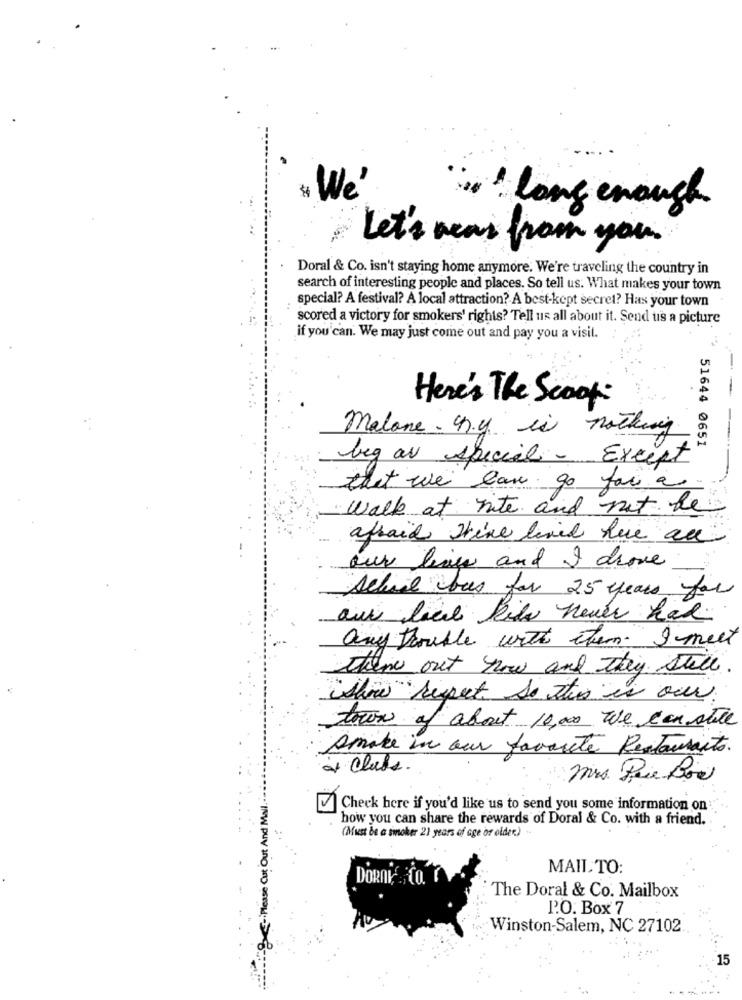
" We'
"i" long enough
Let's was from you.
Doral & Co. isn't staying home anymore. We're traveling the country in
search of interesting people and places. So tell us. What makes your town
special? A festival? A local attraction? A best-kept secret? Has your town
scored a victory for smokers' rights? Tell us all about it. Send us a picture
if you can. We may just come out and pay you a visit.
---
Here's The Scoop
malone. chy is nothing
51644 0651
beg av special - Except
that we law go for a
walk at nite and not be
afraid Hi've lived here are
our lives and I drove
School bus for 25 years for
aux back Ribs neuer hat.
any trouble with item. I meet
there out how and they still.
"show suspect So this is our
town of about 10,00 we can stile
smoke in our favorite Restaurants.
at Class.
Mrs. Paie Low
-Please Cut Out And Mail ...
Check here if you'd like us to send you some information on
how you can share the rewards of Doral & Co. with a friend.
(Must be a smoker 21 years of age or older.) -
MAIL TO:
DORAi CO."
The Doral & Co. Mailbox
I'O. Box 7
Winston-Salem, NC 27102
15